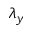
\lambda _ { y }